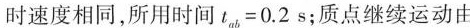
时速度相同，所用时间t，=0.2s；质点继续运动由b点回到α点所用的最短时间t=0.4s。则该质点做简谐运动的频率为 ()A.1Hz B.1.25Hz C.2Hz D.2.5Hz